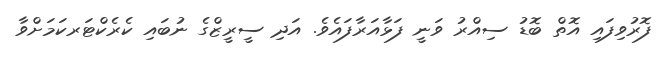
ފޮރުވިފައި އޮތް ބޮޑު ސިއްރު ވަނީ ފަޅާއަރާފައެވެ. އަދި ސީރީޒްގެ ނުބައި ކެރެކްޓަރކަމަށްވާ